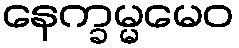
နေက္ခမ္မမေဝ